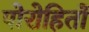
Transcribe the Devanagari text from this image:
पोरोहितों